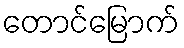
တောင်မြောက်